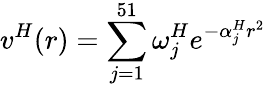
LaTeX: v^{H}(r)=\sum_{j=1}^{51}\omega_{j}^{H}e^{-\alpha_{j}^{H}r^{2}}